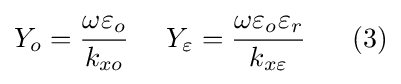
Y_{o}={\frac {\omega \varepsilon _{o}}{k_{xo}}}\ \ \ \ Y_{\varepsilon }={\frac {\omega \varepsilon _{o}\varepsilon _{r}}{k_{x\varepsilon }}}\ \ \ \ \ (3)